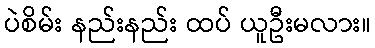
ပဲစိမ်း နည်းနည်း ထပ် ယူဦးမလား။